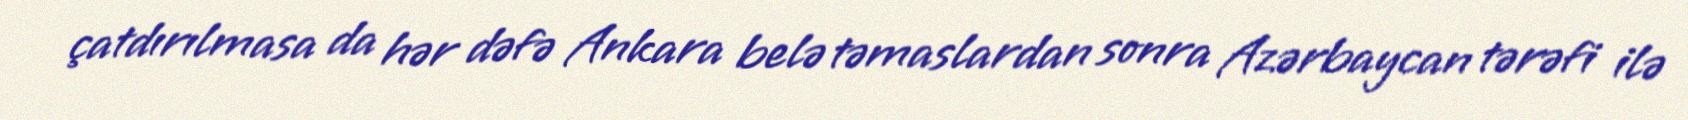
çatdırılmasa da hər dəfə Ankara belə təmaslardan sonra Azərbaycan tərəfi ilə